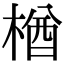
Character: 楢